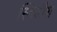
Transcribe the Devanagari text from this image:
स्विडीश